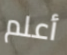
أعلم